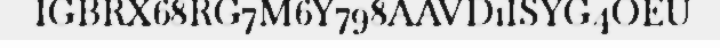
IGBRX68RG7M6Y798AAVD1ISYG4OEU